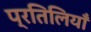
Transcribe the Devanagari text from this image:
प्रतिलियाँ